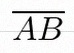
\overline{AB}